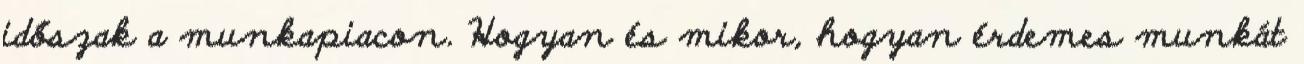
időszak a munkapiacon. Hogyan és mikor, hogyan érdemes munkát